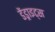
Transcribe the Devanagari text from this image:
डेंड्राइट्स